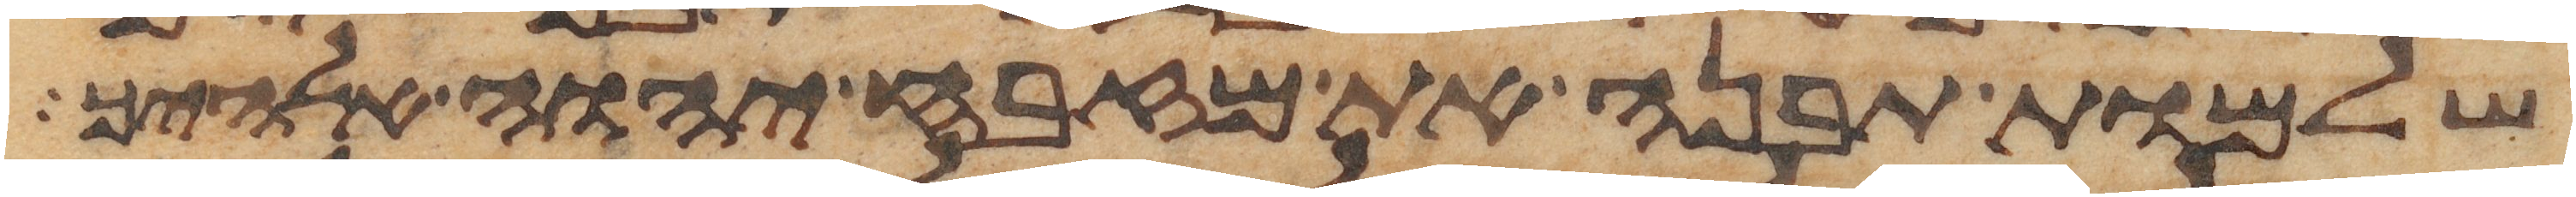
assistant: שלמות תבנה את מזבח יהוה אלהיך